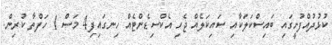
ކުޅުދުއްފުށީގައި ބައިސްކަލަކާއި ސައިކަލެއް ޖެހި އެކްސިޑެންޓެއް ހިނގައިފި4 މަސް 1 ހަފްތާ ކުރިން.